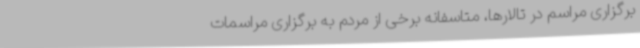
برگزاری مراسم در تالارها، متاسفانه برخی از مردم به برگزاری مراسمات